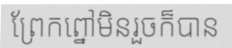
ព្រែកព្នៅមិនរួចក៏បាន